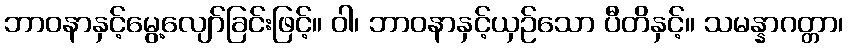
ဘာဝနာနှင့်မွေ့လျော်ခြင်းဖြင့်။ ဝါ၊ ဘာဝနာနှင့်ယှဉ်သော ပီတိနှင့်။ သမန္နာဂတ္တာ၊